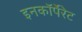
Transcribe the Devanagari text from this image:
इनकाॅर्पेरेट